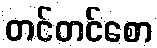
တင်တင်စော